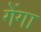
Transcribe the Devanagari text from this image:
गेंगा